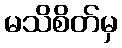
မသိစိတ်မှ